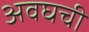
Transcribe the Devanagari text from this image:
अवघची